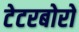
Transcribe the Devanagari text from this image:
टेटरबोरो